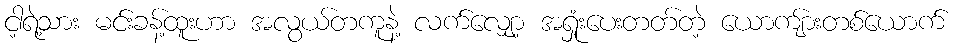
ငါ့ရဲ့သား မင်းခန့်ထူးဟာ အလွယ်တကူနဲ့ လက်လျှော့ အရှုံးပေးတတ်တဲ့ ယောကျ်ားတစ်ယောက်